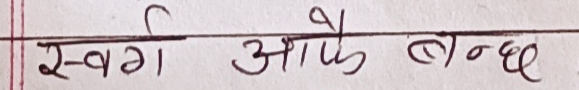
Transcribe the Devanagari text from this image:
स्वर्ग आफै बन्छ